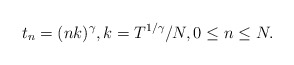
\begin{align*} t_n = (nk)^{\gamma}, k= T^{1/\gamma}/N, 0\leq n \leq N. \end{align*}